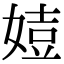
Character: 㛸